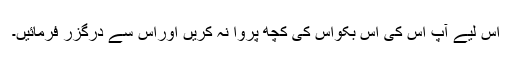
اس لیے آپؐ اس کی اس بکواس کی کچھ پروا نہ کریں اوراس سے درگزر فرمائیں۔